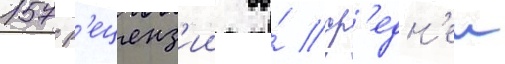
157 р'еценз'ии со́ ср'едн'еи